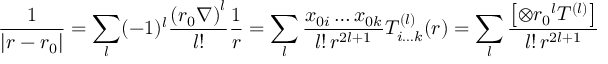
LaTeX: { \frac { 1 } { \left| { \boldsymbol { r - r } } { _ { 0 } } \right| } } = \sum _ { l } ( - 1 ) ^ { l } { \frac { { ( { \boldsymbol { r _ { 0 } } } \nabla ) } ^ { l } } { l ! } } { \frac { 1 } { r } } = \sum _ { l } { \frac { x _ { 0 i } \ldots x _ { 0 k } } { l ! \, r ^ { 2 l + 1 } } } T _ { i \ldots k } ^ { ( l ) } ( { \boldsymbol { r } } ) = \sum _ { l } { \frac { \left[ \otimes { \boldsymbol { { r _ { 0 } } ^ { l } T ^ { ( l ) } } } \right] } { l ! \, r ^ { 2 l + 1 } } }